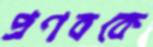
প্রণবকে